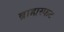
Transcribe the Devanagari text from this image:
ब्राह्मस्फट